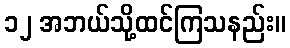
၁၂ အဘယ်သို့ထင်ကြသနည်း။